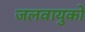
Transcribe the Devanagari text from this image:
जलवायुको